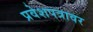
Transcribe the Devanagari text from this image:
प्रवेशपत्रावर